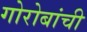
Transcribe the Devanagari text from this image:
गोरोबांची